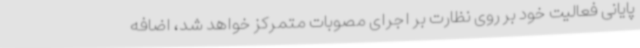
پایانی فعالیت خود بر روی نظارت بر اجرای مصوبات متمرکز خواهد شد، اضافه